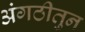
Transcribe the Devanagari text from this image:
अंगठीतुन